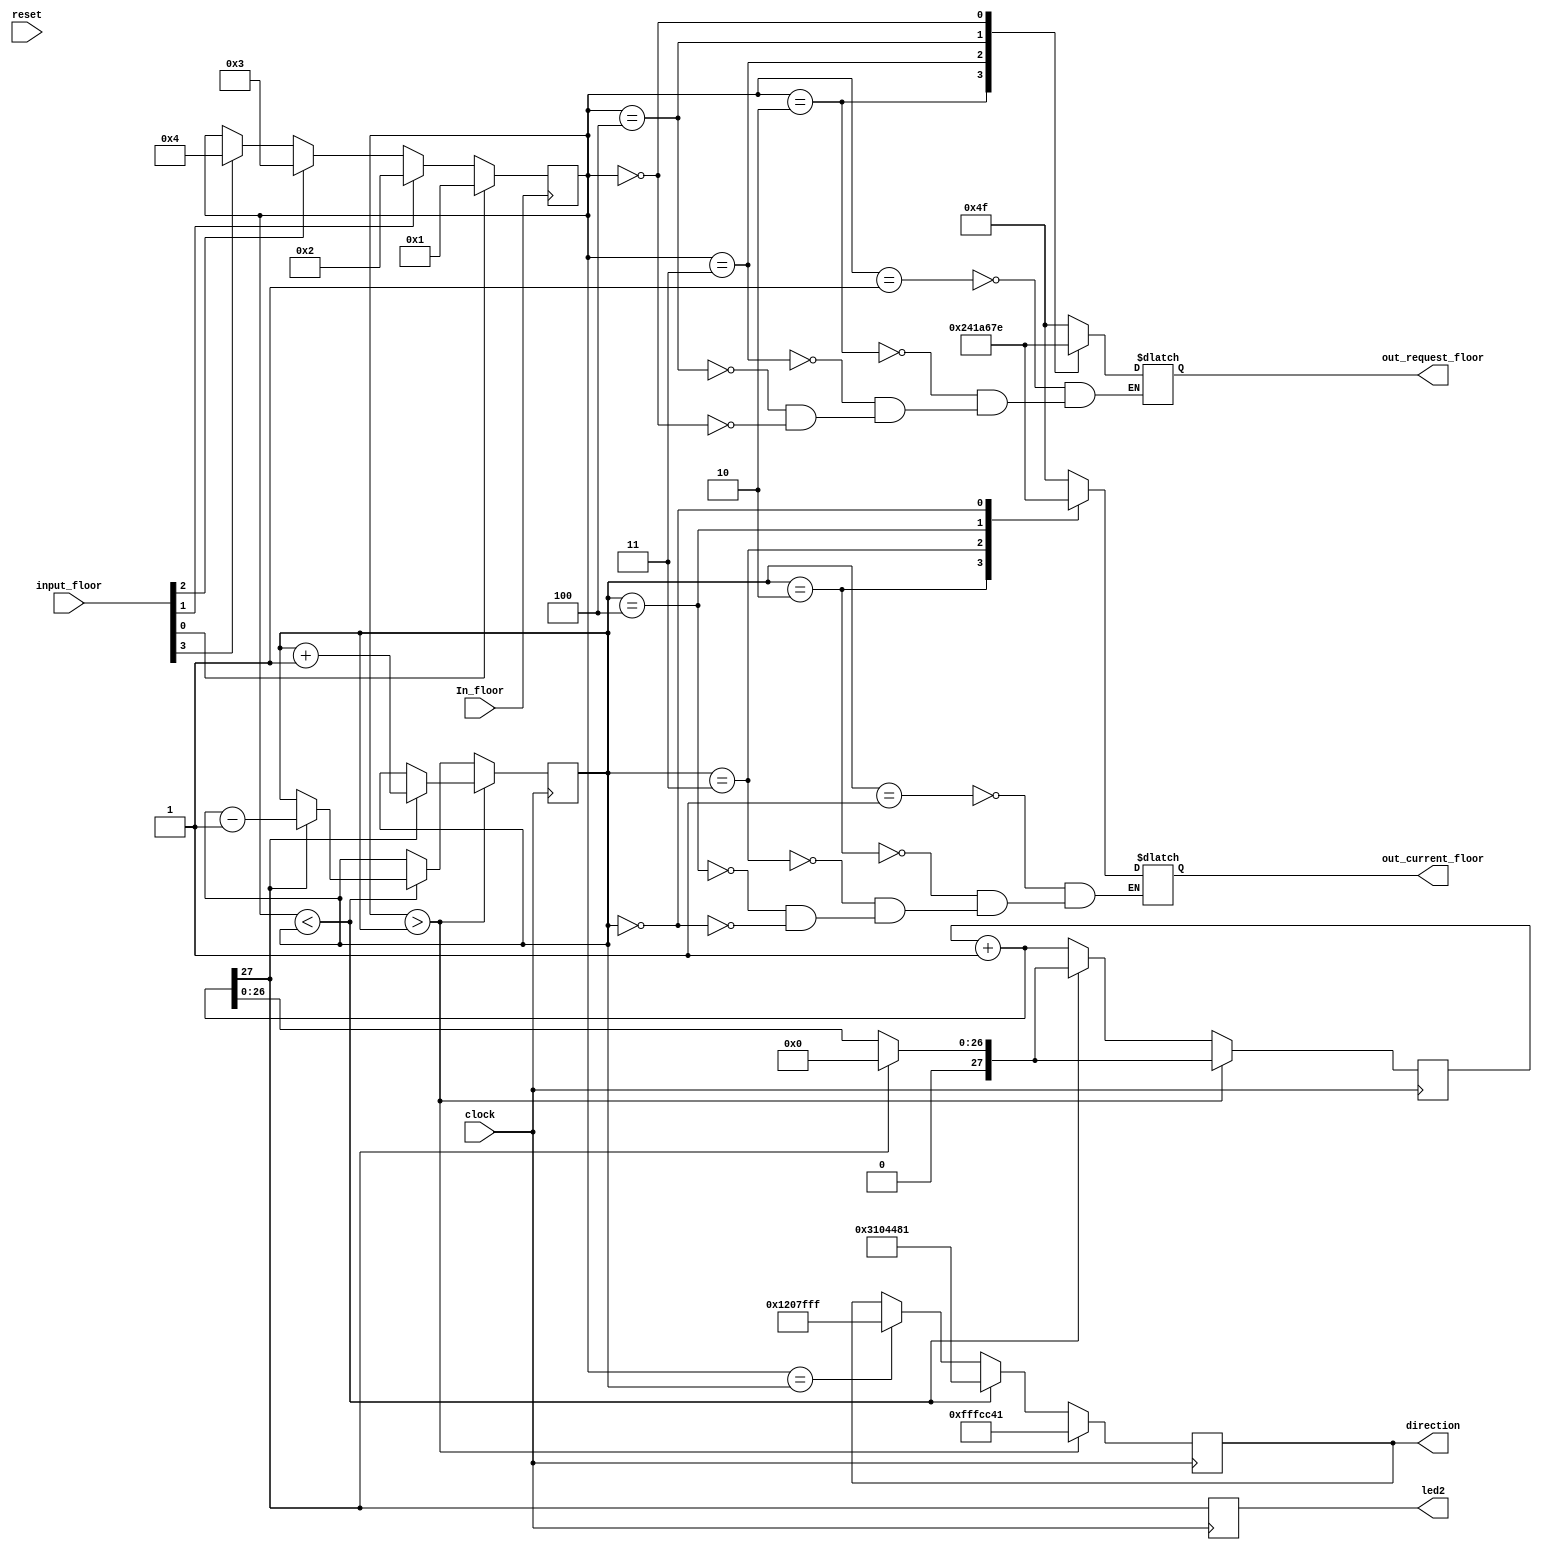
module elevator_control(clock, input_floor, out_request_floor, In_floor, out_current_floor, reset, direction, led2);
input [3:0] input_floor; // four switcheds
input clock;
output reg[6:0] out_request_floor;
reg[3:0] request_floor;
input In_floor;
reg[3:0] current_floor;
output reg[6:0] out_current_floor;

output reg [27:0] direction;
//output reg led;
output reg led2;

reg complete;

input reset;


//reg [26:0] count;
//initial count=0;

//always@(negedge clock)
//begin
//count=count+1'b1;
//led=count[26];
//end
always @ (posedge In_floor)
	casex(request_floor)
		4'bxxxx: if(input_floor[0]) request_floor=4'b0001;
		else if(input_floor[1]) request_floor=4'b0010;
		else if (input_floor[2]) request_floor=4'b0011;
		else if (input_floor[3]) request_floor=4'b0100;
	endcase
		


/*always @ (posedge input_floor)
	casex(request_floor)
	// set the request_floor based on the push button pressed
		4'bxxxx: if(input_floor[0]) request_floor=4'b0001;
		else if(input_floor[1]) request_floor=4'b0010;
		else if (input_floor[2]) request_floor=4'b0011;
		else if (input_floor[3]) request_floor=4'b0100;
		//else if (reset) request_floor=4'b0;
		default: request_floor=4'b0;
	endcase*/
	

/*always @ (posedge clock)
	begin
		request_floor=4'b0;
		//if(input_floor)
			//begin
				casez(request_floor)
					4'b????: if(In0) request_floor=4'b0001;
					4'b????: if(In1) request_floor=4'b0010;
					4'b????: if(In2) request_floor=4'b0010;
					4'b????: if(In3) request_floor=4'b0100;
					default: request_floor= 4'b0;
			/*casex(input_floor)
				4'b0xxx: if(input_floor[0]) 
					request_floor=4'b0001 ;
					else if(input_floor[1]) 
						request_floor=4'b0010;
					else if(input_floor[2]) 
						request_floor=4'b0011;
					else if(input_floor[3]) 
						request_floor=4'b0100;*/
				//if (input_floor[0] && clock) request_floor=3'b001;
				//else if (input_floor[1] && clock) request_floor=3'b010;
				//else if (input_floor[2] && clock) request_floor=3'b011;
				//else if (input_floor[3] && clock) request_floor=3'b0100;
				
				/*4'b1000:request_floor=3'b001; // 1st floor
				4'b0100:request_floor=3'b010; // 2nd floor
				4'b0010:request_floor=3'b011; // 3rd floor
				4'b0001:request_floor=3'b100; // 4th floor*/
				//else request_floor=3'b0;
				//default:request_floor=4'b0;
			//endcase
		//end 
		//case(request_floor)
			//4'b0001:out_request_floor=7'b1001111; // display 1
			//4'b0010:out_request_floor=7'b0010010; // display 2
			//4'b0011:out_request_floor=7'b0000110; // display 3
			//4'b0100:out_request_floor=7'b1001100; // display 4
			//4'b0:out_request_floor=7'b1111110; // display -
		//endcase
	//end
		
always @ (request_floor)
	begin
		case(request_floor)
			4'b0001:out_request_floor=7'b1001111; // display 1
			4'b0010:out_request_floor=7'b0010010; // display 2
			4'b0011:out_request_floor=7'b0000110; // display 3
			4'b0100:out_request_floor=7'b1001100; // display 4
			4'b0:out_request_floor=7'b1111110; // display -
			//default:out_request_floor=7'b1111110; // display -
		endcase
	end 
	
always @ (current_floor)
	begin
		case(current_floor)
			4'b0001:out_current_floor=7'b1001111; // display 1
			4'b0010:out_current_floor=7'b0010010; // display 2
			4'b0011:out_current_floor=7'b0000110; // display 3
			4'b0100:out_current_floor=7'b1001100; // display 4
			4'b0:out_current_floor=7'b1111110; // display -
			//default:out_request_floor=7'b1111110; // display -
		endcase
	end
	

reg [27:0] count2;
initial count2=0;	
always @(negedge clock)
	 begin
//always@(negedge clock)
//begin
count2=count2+1'b1;
led2=count2[27];
//end
		 //if(led2)
			//begin
			 if (request_floor>current_floor)
				 begin
				  direction=28'b1111111111111100110001000001;//b1000001001100011111111111111;
				  if(led2)
				  begin
				  current_floor <= current_floor+3'b1;
				  count2=0;
				  end
				 end
		 
			 else if(request_floor<current_floor)
				begin
				  direction=28'b0011000100000100010010000001;//b0001001000000110000010011000;
				  if(led2)
				  begin
				  current_floor <= current_floor-3'b1;
				  count2=0;
				  end
				end
			 
			 else if(request_floor == current_floor)
				 begin
				  complete=1'b1;
				  direction=28'b0001001000000111111111111111;
				 end
			 //end
		end
		
endmodule